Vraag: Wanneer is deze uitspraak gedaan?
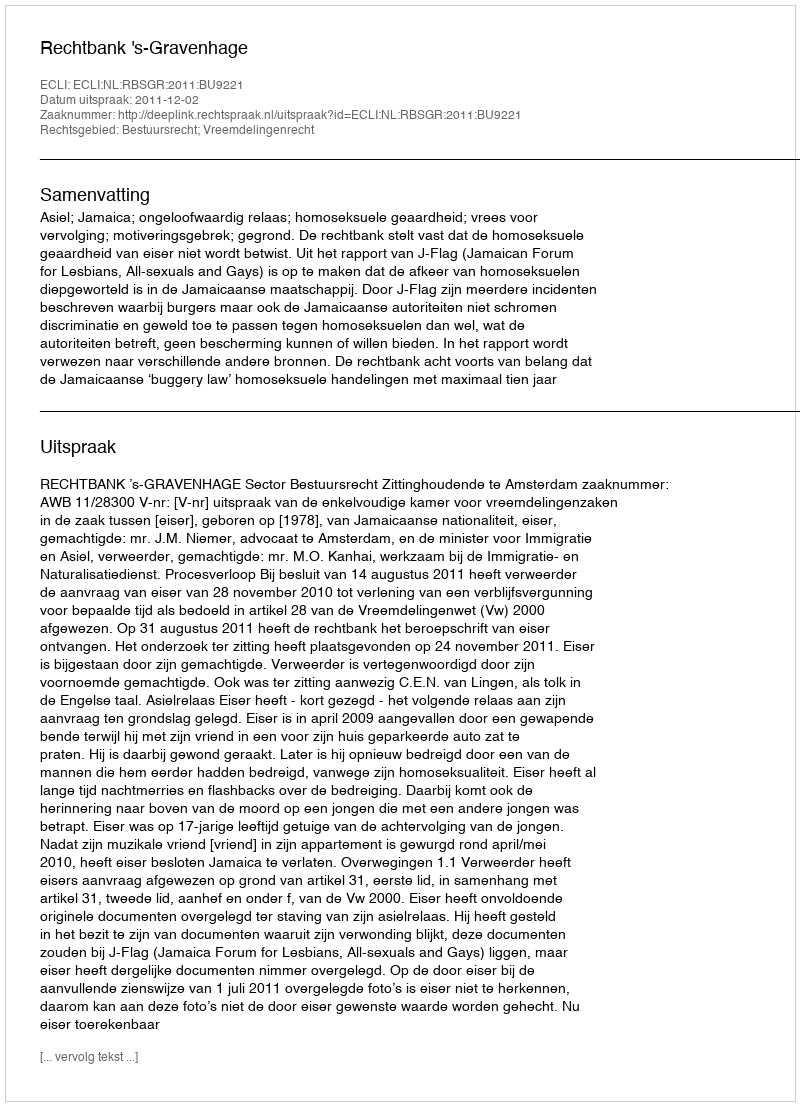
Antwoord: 2011-12-02